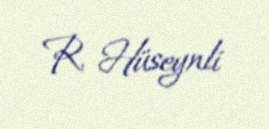
R. Hüseynli